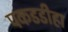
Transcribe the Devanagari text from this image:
पकडडीहा